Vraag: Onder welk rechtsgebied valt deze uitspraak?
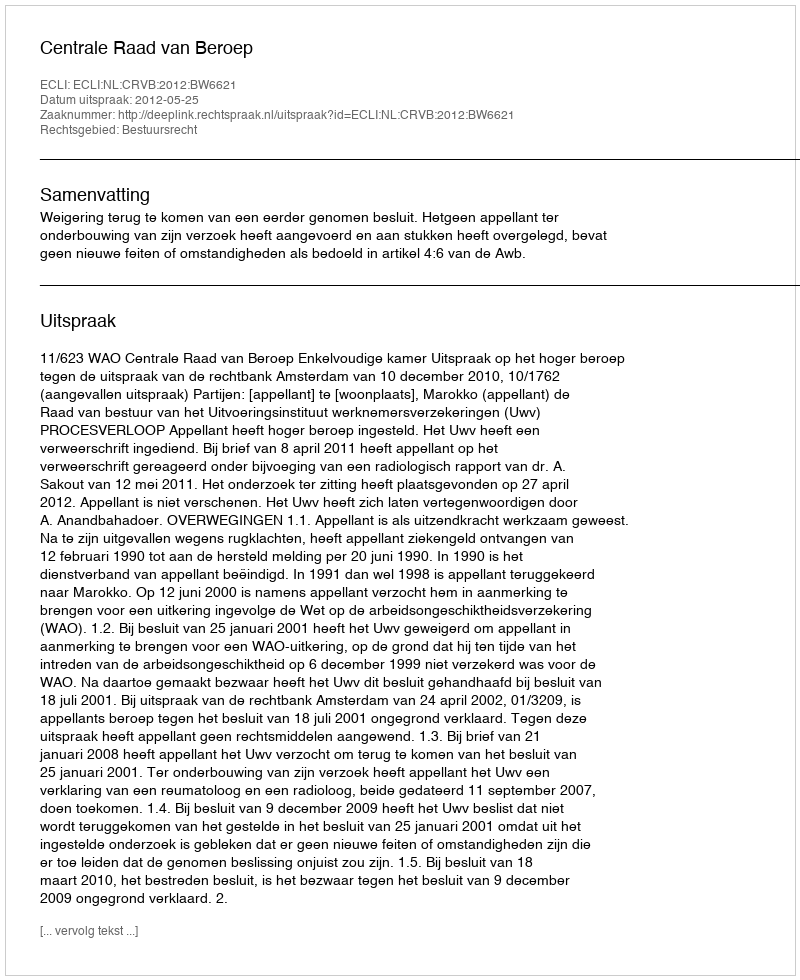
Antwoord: Bestuursrecht